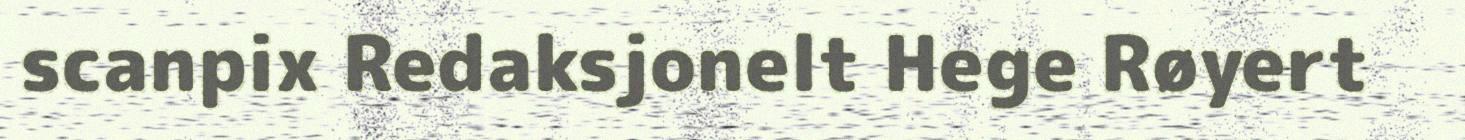
scanpix Redaksjonelt Hege Røyert